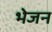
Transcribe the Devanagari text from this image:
भेजन